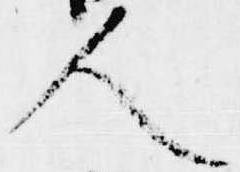
人